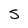
Character: S